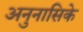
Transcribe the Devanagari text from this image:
अनुनासिके